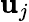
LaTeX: \mathbf{u}_{j}